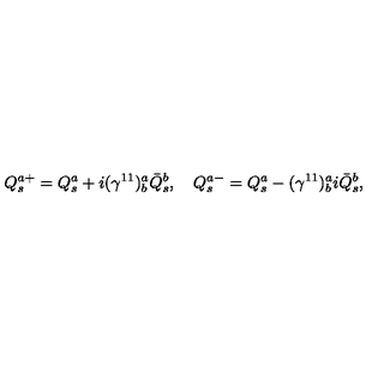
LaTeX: Q _ { s } ^ { a + } = Q _ { s } ^ { a } + i ( \gamma ^ { 1 1 } ) _ { b } ^ { a } \bar { Q } _ { s } ^ { b } , \quad Q _ { s } ^ { a - } = Q _ { s } ^ { a } - ( \gamma ^ { 1 1 } ) _ { b } ^ { a } i \bar { Q } _ { s } ^ { b } ,